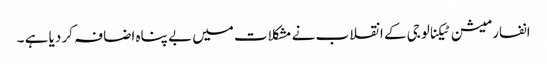
انفارمیشن ٹیکنالوجی کے انقلاب نے مشکلات میں بے پناہ اضافہ کر دیا ہے ۔